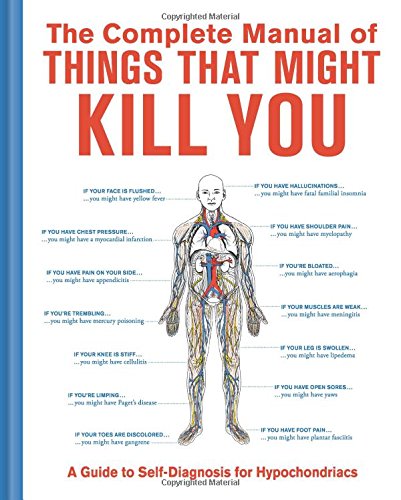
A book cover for The Complete Manual of Things That Might Kill You: A Guide to Self-Diagnosis for Hypochondriacs; Humor & Entertainment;